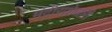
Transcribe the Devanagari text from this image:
मंदीराशेजारी